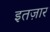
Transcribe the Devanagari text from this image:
इतज़ार